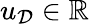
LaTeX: u_{\mathcal{D}}\in\mathbb{R}